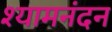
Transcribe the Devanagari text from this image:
श्यामनंदन